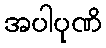
အပါပုဏိ